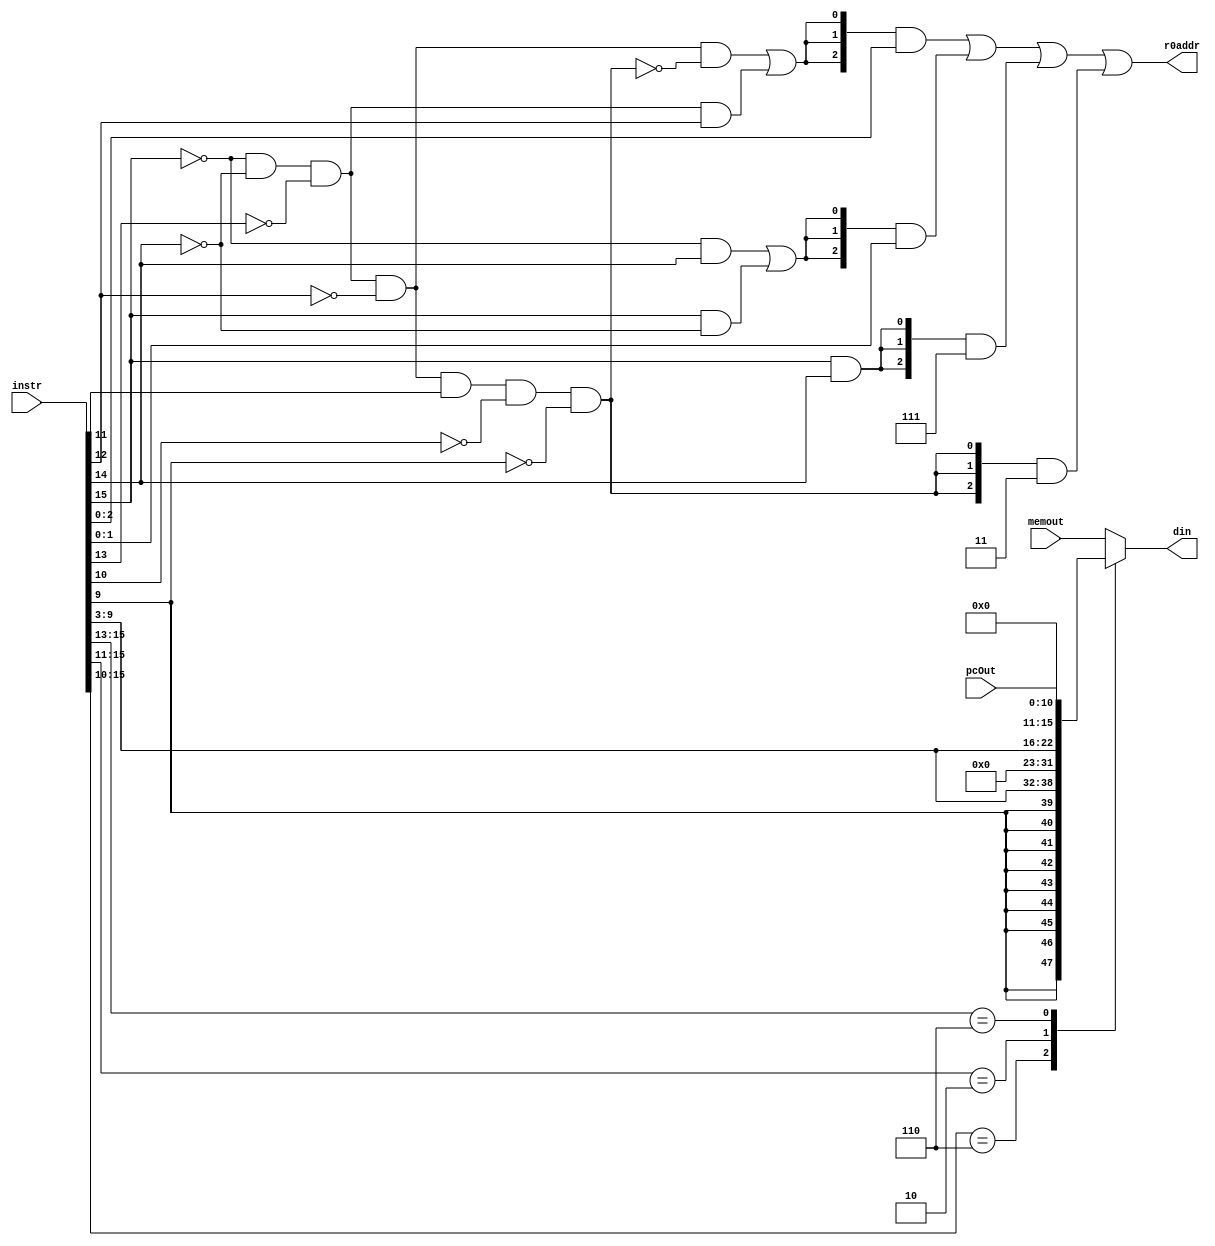
module reg_addr(
	input [15:0] memout,	
	input [15:0] instr,
	input [10:0] pcOut,
	output [2:0] r0addr,
	output reg [15:0] din
);

// Different kinds of instruction
wire rType = ~instr[15] & ~instr[14] & ~instr[13] & ~instr[12];	// 0000
wire LCG = ~instr[15] & ~instr[14] & ~instr[13] & ~instr[12] & instr[11] & ~instr[10] & ~instr[9];			//0000100
wire iType = ~instr[15] & ~instr[14] & ~instr[13] & instr[12];		// 0001
wire lType = ~instr[15] & instr[14]; 	// 01
wire jEQLT = instr[15] & ~instr[14] ; // 10x
wire jALR = instr[15] & instr[14]; // 11x

// But also remember that LCG will always r/w to GP3.

// write r0 depending on the kind of instruction. r0 = rd
// {} is bit concatenation operator
// JEQ/JLT: reg addr 0xx. JAL/JR: reg addr 111 always. (Return Address)
assign r0addr = {3{rType&~LCG|iType}}&instr[2:0] | {3{lType|jEQLT}}&{1'b0,instr[1:0]} | {3{jALR}}&3'b111 | {3{LCG}}&3'b011 ;

// din: used for LDA / LDR / LDI / ADDI / SUBI and JAL; but JAL would be taking from pcOut isntead of memout.
// Sign extension occurs @ LDI.
// use the casez function allows us to don't care the value of instr bit 10 (ADDI/SUBI)
always @ (*)
begin
	casez (instr[15:10])
		6'b000110:	// LDI
			din = {{9{instr[9]}},instr[9:3]};
		6'b00010?:	// ADDI/SUBI
			din = {9'b000000000,instr[9:3]};
		6'b110???:	// JAL
			din = {5'b0000, pcOut};
		default:
			din = memout;
	endcase
end

endmodule